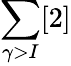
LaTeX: \sum\limits_{\gamma>I}[2]